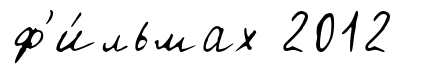
ф'и́льмах 2012